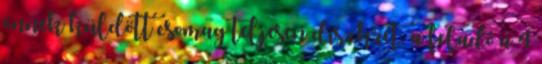
önnek küldött csomag teljesen diszkrét, a feladó a 4